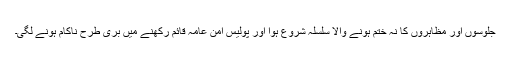
جلوسوں اور مظاہروں کا نہ ختم ہونے والا سلسلہ شروع ہوا اور پولیس امن عامہ قائم رکھنے میں بری طرح ناکام ہونے لگی۔